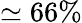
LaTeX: \simeq 66\%